Civil Veterinary Department. Madras. Admin. report 1910-25 - 1910-1925
Year: 1910
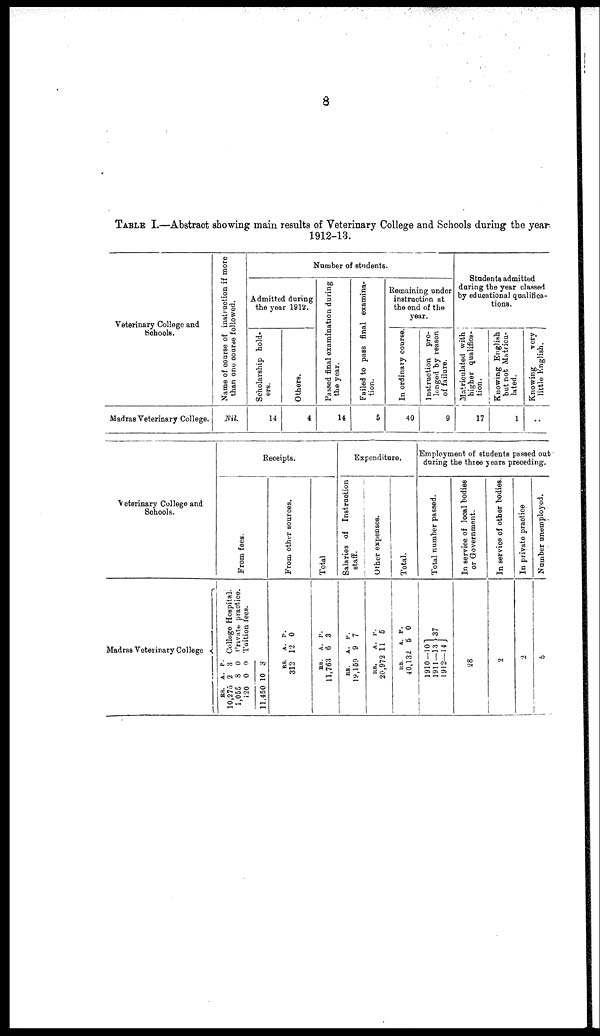
8
TABLE I.—Abstract showing main results of Veterinary College and Schools during the year
1912-13.
Veterinary College and
Schools.
Madras Veterinary College.
Name of course of instruction
if more
than one course followed.
Nil.
Number of students.
Admitted during
the year 1912.
Scholarship hold-
ers.
14
Others.
4
Passed final examination during
the year.
14
Failed to pass final examina-
tion.
5
Remaining under
instruction at
the end of the
year.
In ordinary course.
40
Instruction pro-
longed by reason
of failure.
9
Students admitted
during the year classed
by educational qualifica-
tions.
Matriculated with
higher qualifica-
tion.
17
Knowing English
but not Matricu-
lated.
1
Knowing
very
little English.
..
Veterinary College and
Schools.
Madras Veterinary College
Receipts.
From fees.
P.
A.
RS.
College Hospital.
3
2
10,275
Private practice.
0
8
1,055
Tuition fees.
0
0
120
3
10
11,450
From other sources.
P.
A.
RS.
0
12
312
Total
P.
A.
RS.
3
6
11,763
Expenditure.
Salaries of Instruction
staff.
P.
A.
RS.
7
9
19,159
Other expenses.
P.
A.
RS.
5
11
20,972
Total.
P.
A.
RS.
0
5
40,132
Employment of students passed out
during the three years preceding.
Total number passed.
37
1910—101
1911—13
1912—14
In service of local bodies
or Government.
28
In service of other bodies.
2
In private practice
2
Number unemployed.
5